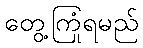
တွေ့ကြုံရမည်